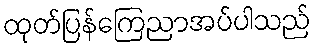
ထုတ်ပြန်ကြေညာအပ်ပါသည်